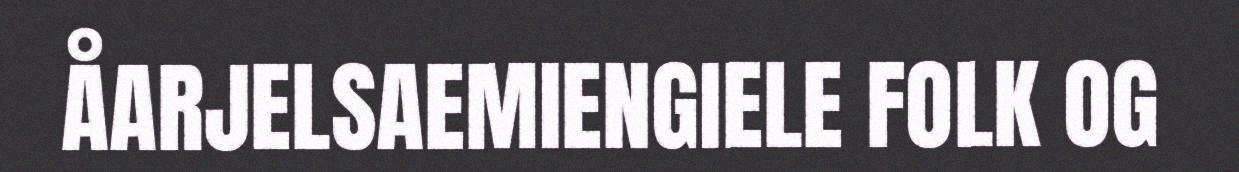
ÅARJELSAEMIENGIELE FOLK OG